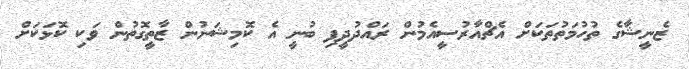
ޒެނީޝާގެ ތުހުމަތުތަކަށް އެޗްއާރުސީއެމުން ރައްދުދީފި ބުނީ އެ ކޮމިޝަނުން ޒާތީގޮތުން ވަކި ކޮޅަކަށް